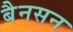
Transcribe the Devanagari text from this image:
बैनसन